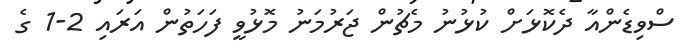
ސްވިޑެންއާ ދެކޮޅަށް ކުޅުނު މެޗުން ޖަރުމަނު މޮޅުވީ ފަހަތުން އަރައި 2-1 ގެ